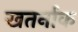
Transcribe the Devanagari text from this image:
खतर्नाक